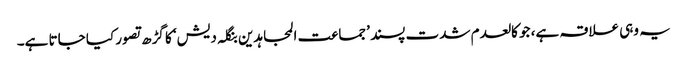
یہ وہی علاقہ ہے، جو کالعدم شدت پسند ’جماعت المجاہدین بنگلہ دیش‘ کا گڑھ تصور کیا جاتا ہے۔